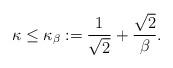
LaTeX: \begin{align*} \kappa \leq \kappa_\beta := \frac{1}{\sqrt{2}} + \frac{\sqrt{2}}{\beta} .\end{align*}